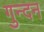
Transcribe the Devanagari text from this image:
गुन्दन